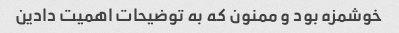
خوشمزه بود و ممنون که به توضیحات اهمیت دادین